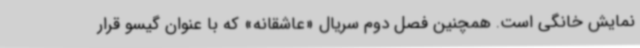
نمایش خانگی است. همچنین فصل دوم سریال «عاشقانه» که با عنوان گیسو قرار